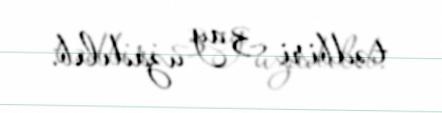
tədbiri 3 ay uzadılıb.